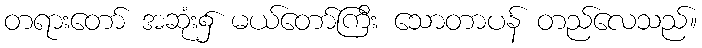
တရားတော် အဆုံး၌ မယ်တော်ကြီး သောတာပန် တည်လေသည်။